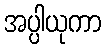
အပ္ပါယုကာ